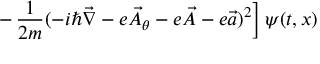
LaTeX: \left. - \, \frac { 1 } { 2 m } ( - i \hbar { \vec { \nabla } } - e { \vec { A } } _ { \theta } - e { \vec { \cal A } } - e { \vec { a } } ) ^ { 2 } \right] \psi ( t , x )